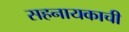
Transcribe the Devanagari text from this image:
सहनायकाची